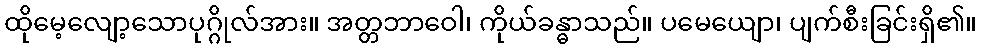
ထိုမေ့လျော့သောပုဂ္ဂိုလ်အား။ အတ္တဘာဝေါ၊ ကိုယ်ခန္ဓာသည်။ ပမေယျော၊ ပျက်စီးခြင်းရှိ၏။